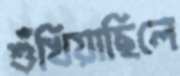
শুঁখিয়াছিলে